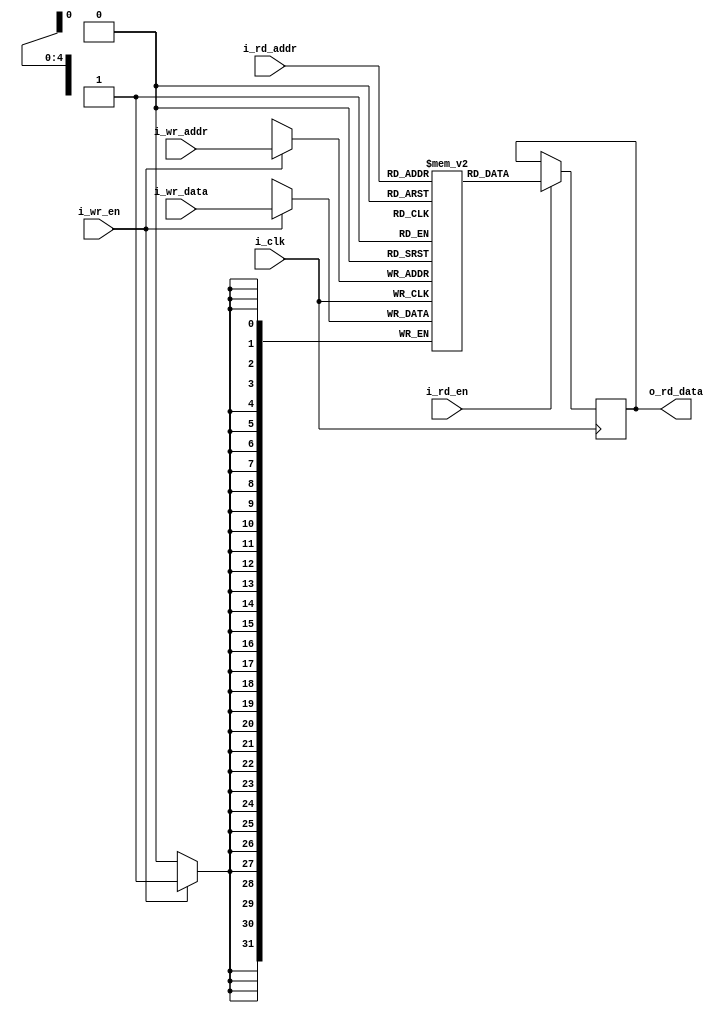
module zap_ram_simple #(
        parameter WIDTH = 32,
        parameter DEPTH = 32
)
(
        input wire                          i_clk,

        // Write and read enable.
        input wire                          i_wr_en,
        input wire                          i_rd_en,

        // Write data and address.
        input wire [WIDTH-1:0]              i_wr_data,
        input wire[$clog2(DEPTH)-1:0]       i_wr_addr,

        // Read address and data.
        input wire [$clog2(DEPTH)-1:0]      i_rd_addr,
        output reg [WIDTH-1:0]              o_rd_data
);

// Memory array.
reg [WIDTH-1:0] mem [DEPTH-1:0];

// Initialize block RAM to 0.
initial
begin: blk1
        integer i;

        for(i=0;i<DEPTH;i=i+1)
                mem[i] = {WIDTH{1'd0}};
end

// Read logic.
always @ (posedge i_clk)
begin
        if ( i_rd_en )
                o_rd_data <= mem [ i_rd_addr ];
end

// Write logic.
always @ (posedge i_clk)
begin
        if ( i_wr_en )  
                mem [ i_wr_addr ] <= i_wr_data;
end

endmodule